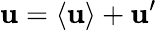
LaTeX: \mathbf{u}=\langle\mathbf{u}\rangle+\mathbf{u}^{\prime}